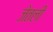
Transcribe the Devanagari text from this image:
जेतली